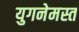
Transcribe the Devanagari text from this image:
युगनेमस्त